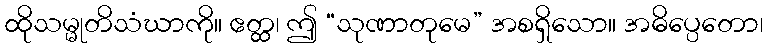
ထိုသမ္မုတိသံဃာကို။ ဧတ္ထ၊ ဤ “သုဏာတုမေ” အစရှိသော။ အဓိပ္ပေတော၊